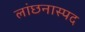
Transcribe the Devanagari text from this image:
लांछनास्‍पद